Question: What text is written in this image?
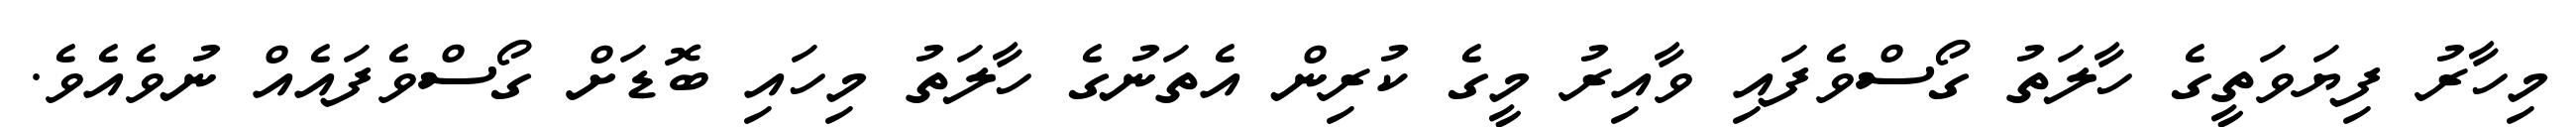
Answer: މިހާރު ފިޔަވަތީގެ ހާލަތު ގޯސްވެފައި ވާއިރު މީގެ ކުރިން އެތަނުގެ ހާލަތު މިހައި ބޮޑަށް ގޯސްވެފައެއް ނުވެއެވެ.